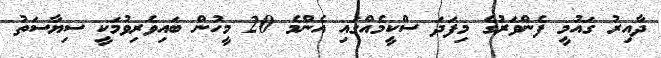
ދާއިރު ގައުމީ ފެންވަރުގެ މިފަދަ ސްކީމެއްގައި އެންމެ 20 މީހުން ބައިވެރިވުމަކީ ސިޔާސަތު